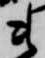
衛